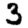
Digit: 3